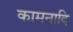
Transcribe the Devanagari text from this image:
कामनादि